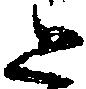
と